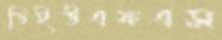
ডিইউএফএস